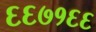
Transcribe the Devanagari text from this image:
६६७१६६